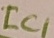
Text: IC1